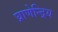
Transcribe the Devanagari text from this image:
घ्राणेन्द्रिय